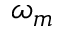
\omega _ { m }